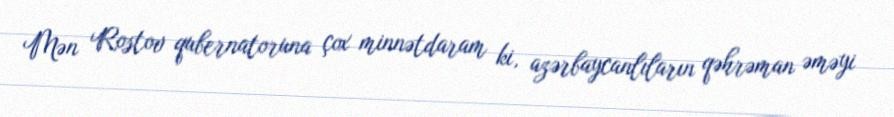
Mən Rostov qubernatoruna çox minnətdaram ki, azərbaycanlıların qəhrəman əməyi